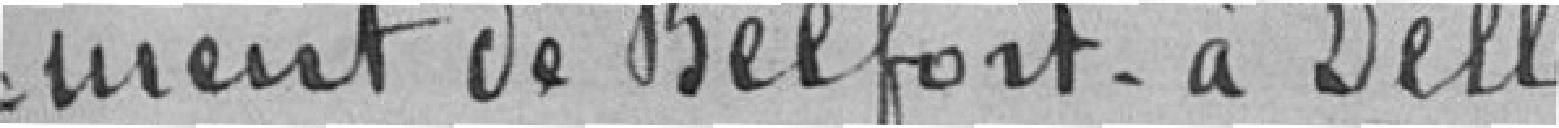
-ment de Belfort à Delle.